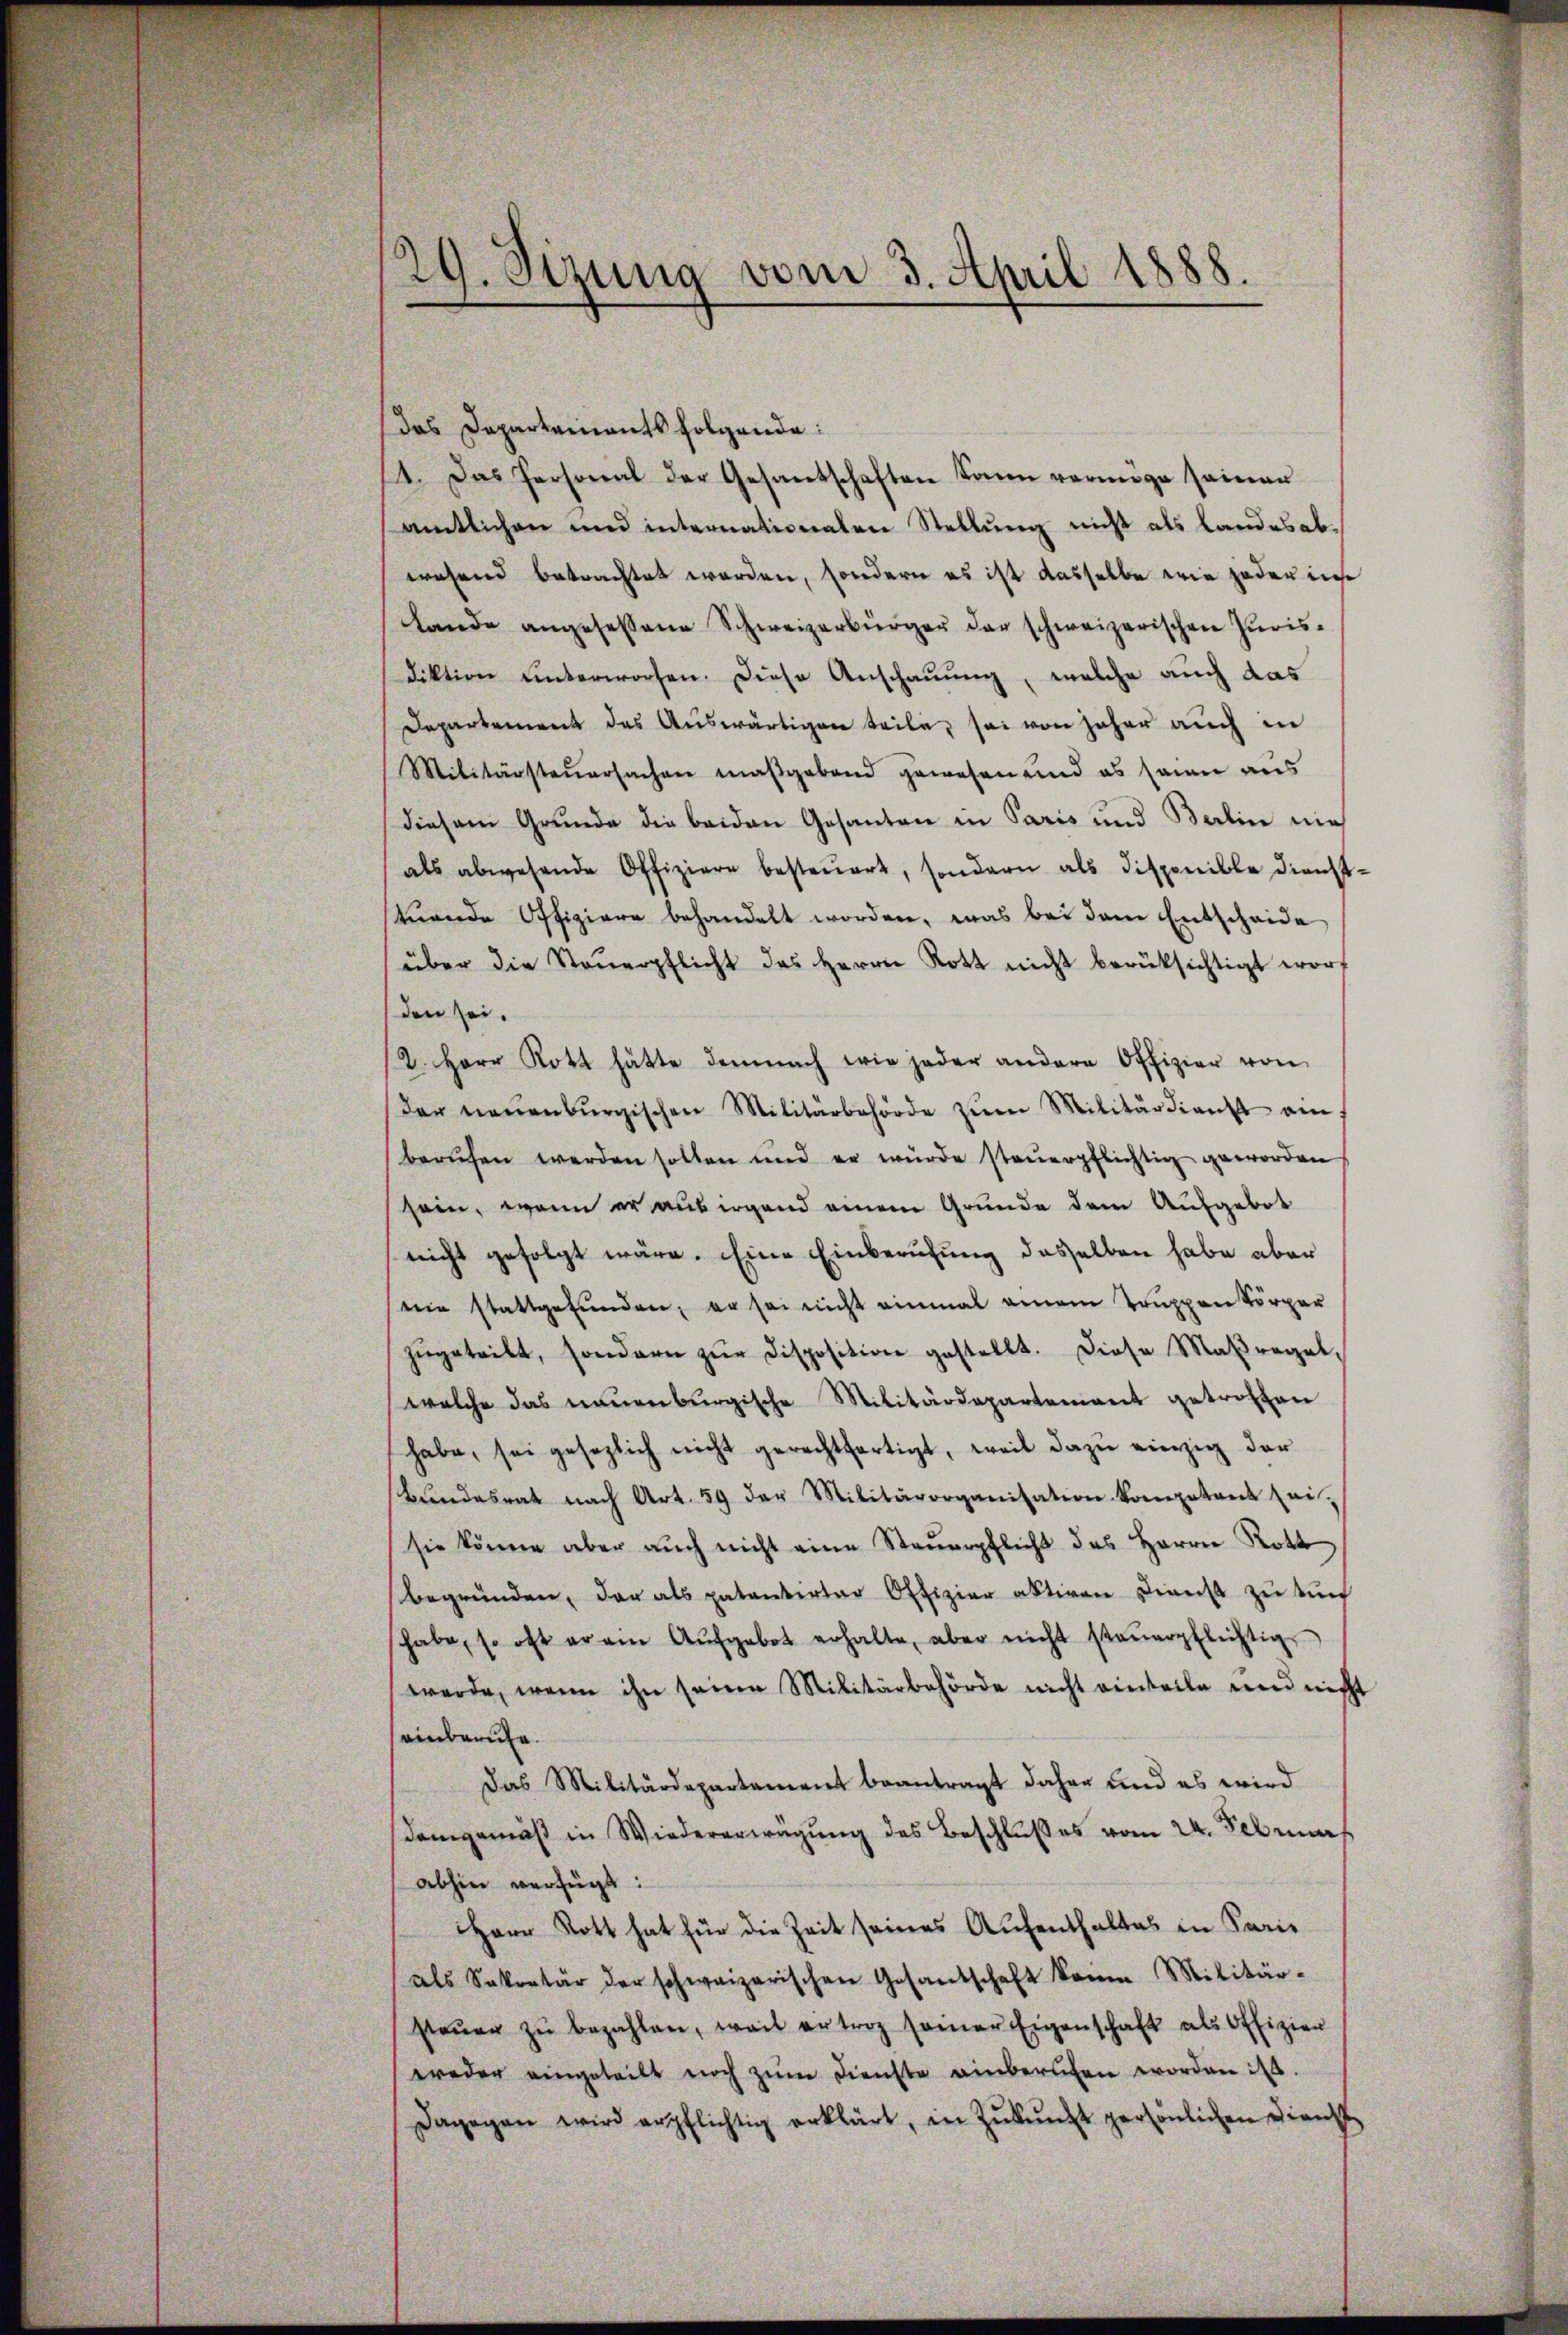
29. Sizung vom 3. April 1888.

das Departeinants folgende:
14. Das Personal der Gesandschaften kann vermöge seinen
amtlichen und internationalen Stellung nicht als Landesabwesend betrachtet worden, sondern es ist dasselbe wie jeder ins
Lande angesessene Schweizerbürger der schweizerischen Jurisdiktion unterworfen. Diese Anschauung, welche auch das
Departement des Auswärtigen teile, sei von Jahre auch in
Militärsteŭersachen maßgebend gewesen und es sein aus
diesem Grunde die beiden Gesanten in Paris und Berlin nich
als abwesende Offiziere besteŭert, sondern als disponible dienst-
tuende Offiziere behandelt worden, was bei dem Entscheide
über die Steŭerpflicht das Herrn Rott nicht berüksichtigt wort
den sei.
2. Herr Rott hätte demnach wie jeder andere Offizier von
Der neuenburgischen Militärbehörde zŭm Militärdienst ein
berŭfen werden sollen und er würde steŭerpflichtig geworden
sein, wenn er aus irgend einem Grunde dem Aufgebot
nicht gefolgt wäre. Eine Einberufung dasselben habe aber
sein stattgefunden, er sei nicht einmal einem Truppen körper
zŭgeteilt, sondern zŭr disposition gestellt. Diese Maßregelwelche das neuenburgische Militärdepartement getrotten
habe, sei gesezlich nicht gerechtfertigt, weil dazu einzig der
Bŭndesrat nach Art. 59 der Militärorganisation komptant sei,
sie könne aber auch nicht eine Steŭerpflicht des Herrn Rott
begründen, der als patentirter Offizier aktiven Dienst zŭ künf
habe, so oft er ein Aŭfgebot erhalte, aber nicht steŭerpflichtig
werde, wenn ihn seinen Militärbehörde nicht einteile und nicht
einberufe.
Das Militärdepartement beantragt daher und es wird
Demgemäß in Wiedererwägung des Beschlußes vom 24. Februns
abhin verfügt:
Herr Rott hat für die Zeit seines Aŭfenthaltes in Paris
als Sekretär der schweizerischen Gesandschaft kann Militär-
steŭer zŭ bezahlen, weit ertrag seiner Eigenschaft als Offizier
weder eingeteilt noch zum Dienste einberufen worden ist.
Dagegen wird erpflichtig erklärt, in Zŭkŭnft persönlichen Diens